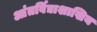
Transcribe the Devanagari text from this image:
आंतर्विद्याशाखिय